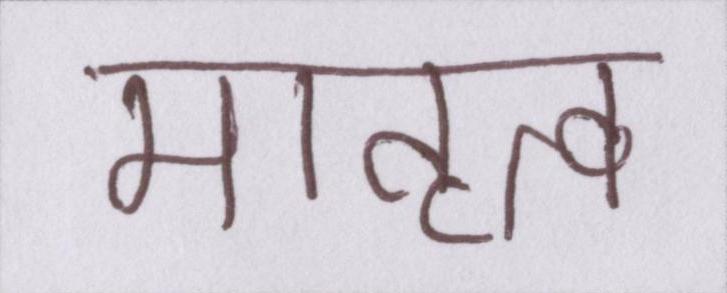
मातृत्व